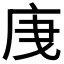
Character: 𭙙